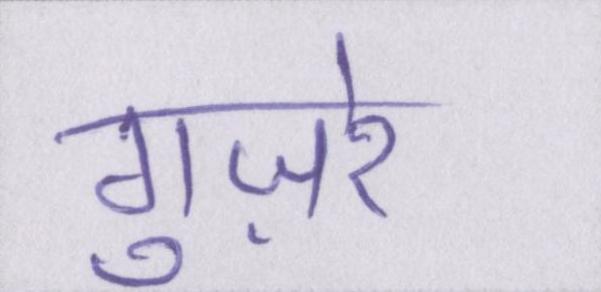
गुज़रे